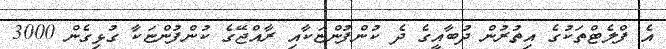
އެ ފްލެޓްތަކުގެ އިތުރުން ދުބާއީގެ ދެ ކުންފުންޏަކާއި ރާއްޖޭގެ ކުންފުންޏަކާ ގުޅިގެން 3000